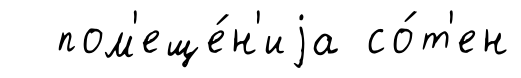
пом'еще́н'иjа со́т'ен